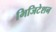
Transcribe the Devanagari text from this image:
भिजिटेशन